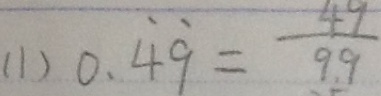
( 1 ) 0 . \dot { 4 } \dot { 9 } = \frac { 4 9 } { 9 9 }